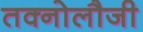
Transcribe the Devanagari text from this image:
तक्नोलौजी